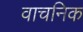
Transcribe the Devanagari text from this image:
वाचनिक